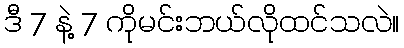
ဒီ 7 နဲ့ 7 ကိုမင်းဘယ်လိုထင်သလဲ။